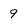
Character: 9